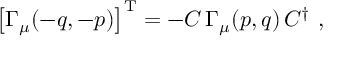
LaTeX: \left[ \Gamma _ { \mu } ( - q , - p ) \right] ^ { \mathrm { T } } = - { \cal C } \, \Gamma _ { \mu } ( p , q ) \, { \cal C } ^ { \dagger } ~ ,